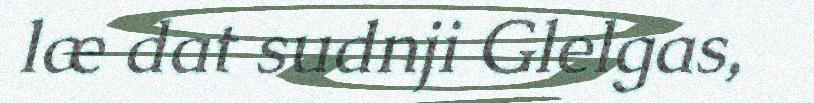
læ dat sudnji Glelgas,